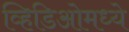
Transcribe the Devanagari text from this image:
व्हिडिओमध्ये